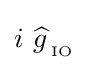
i\ {\widehat {g\ \!}}_{_{\text{IO}}}